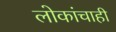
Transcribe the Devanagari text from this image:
लोकांचाही